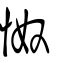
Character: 怓